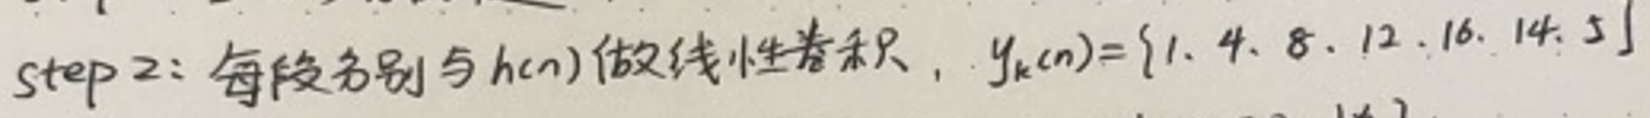
step 2: 每段分别与 $h(n)$ 做线性卷积, $y_k(n)=\{1,4,8,12,16,14,5\}$